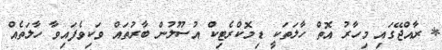
* ރާއްޖޭގައި މިހާރު އޮތް ހާލަތަކީ ޑިމޮކްރެޓިކް އުސޫލުން ބާރުތައް ވަކިވެފައިވާ ހާލަތެއް